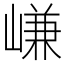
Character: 嵰